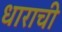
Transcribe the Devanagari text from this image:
धाराची